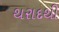
થરાદથી